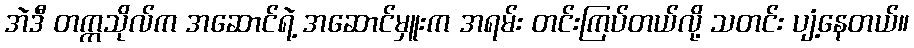
အဲဒီ တက္ကသိုလ်က အဆောင်ရဲ့ အဆောင်မှူးက အရမ်း တင်းကြပ်တယ်လို့ သတင်း ပျံ့နေတယ်။